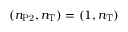
( n _ { \mathrm { P 2 } } , n _ { \mathrm { T } } ) = ( 1 , n _ { \mathrm { T } } )